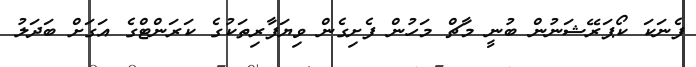
ފެނަކަ ކޯޕަރޭޝަނުން ބުނީ މާޗް މަހުން ފެށިގެން ވިޔަފާރިތަކުގެ ކަރަންޓްގެ އަގަށް ބަދަލު